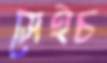
সেইচ